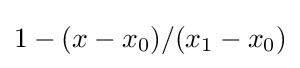
{\textstyle 1-(x-x_{0})/(x_{1}-x_{0})}